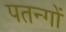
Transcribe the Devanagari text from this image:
पतन्‍गों